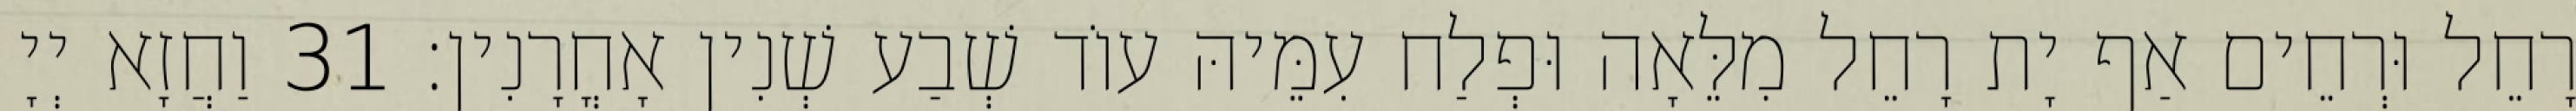
רָחֵל וּרְחֵים אַף יָת רָחֵל מִלֵּאָה וּפְלַח עִמֵּיהּ עוֹד שְׁבַע שְׁנִין אָחֳרָנִין׃ 31 וַחֲזָא יְיָ